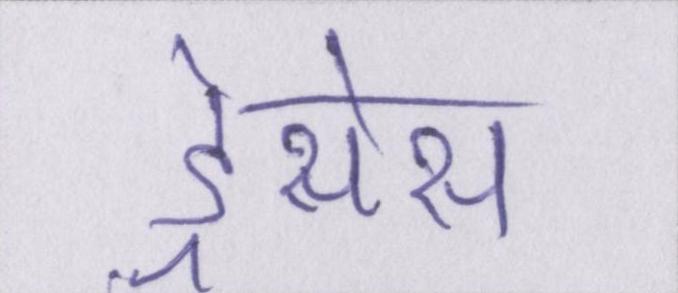
ड्रेसेस